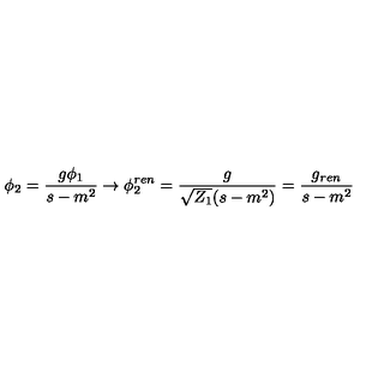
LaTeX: \phi _ { 2 } = \frac { g \phi _ { 1 } } { s - m ^ { 2 } } \to \phi _ { 2 } ^ { r e n } = \frac { g } { \sqrt { Z _ { 1 } } ( s - m ^ { 2 } ) } = \frac { g _ { r e n } } { s - m ^ { 2 } }